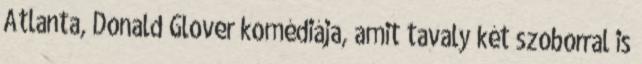
Atlanta, Donald Glover komédiája, amit tavaly két szoborral is